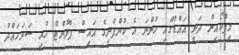
މިފްކޯއިން ދަނީ އައްޑޫގައި ހުންނަ އެ ކުންފުނީގެ އައިސް ޕްލާންޓް ހުރި ސަރަހައްދު